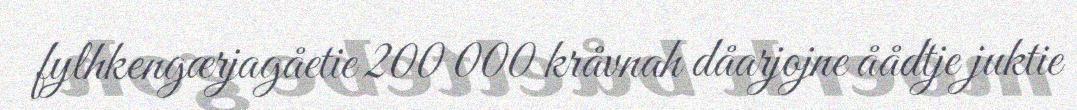
fylhkengærjagåetie 200 000 kråvnah dåarjojne åådtje juktie